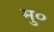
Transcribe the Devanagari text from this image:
मु०